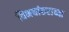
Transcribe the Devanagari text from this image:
विभवांतराच्या